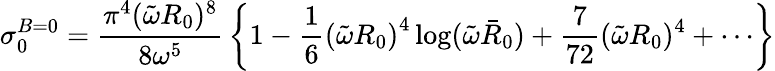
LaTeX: \sigma_{0}^{B=0}={\frac{\pi^{4}(\tilde{\omega}R_{0})^{8}}{8\omega^{5}}}\left\{ 1-{\frac{1}{6}}\left(\tilde{\omega}R_{0}\right)^{4}\log(\tilde{\omega}\bar{R}_{0})+{\frac{7}{72}}(\tilde{\omega}R_{0})^{4}+\cdots\right\}